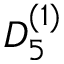
{ D } _ { 5 } ^ { ( 1 ) }